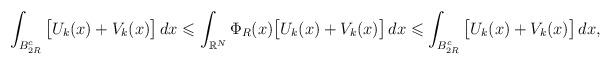
LaTeX: \begin{align*} &\int_{B^{c}_{2R}}\big[ U_k(x)+V_k(x)\big]\,dx\leqslant \int_{\mathbb{R}^{N}}\Phi_{R}(x)\big[ U_k(x)+V_k(x)\big]\,dx \leqslant \int_{B^{c}_{2R}}\big[ U_k(x)+V_k(x)\big]\,dx, \end{align*}